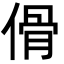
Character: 傦